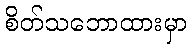
စိတ်သဘောထားမှာ